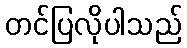
တင်ပြလိုပါသည်